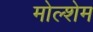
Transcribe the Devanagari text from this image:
मोल्शेम